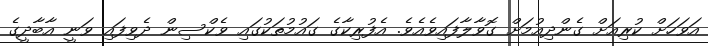
އަވަހަށް ކުރިއަށް ގެންދިއުމަށް ގޮވާލާފައިވެއެވެ. އެފުރިކާގެ ގައުމުތަކުގައި ވެކްސިން ދެވިފައި ވަނީ އާބާދީގެ